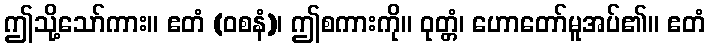
ဤသို့သော်ကား။ ဧတံ (ဝစနံ)၊ ဤစကားကို။ ဝုတ္တံ၊ ဟောတော်မူအပ်၏။ ဧတံ